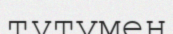
тұтумен